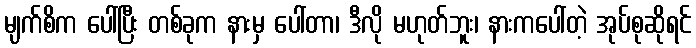
မျက်စိက ပေါ်ပြီး တစ်ခုက နားမှ ပေါ်တာ၊ ဒီလို မဟုတ်ဘူး၊ နားကပေါ်တဲ့ အုပ်စုဆိုရင်